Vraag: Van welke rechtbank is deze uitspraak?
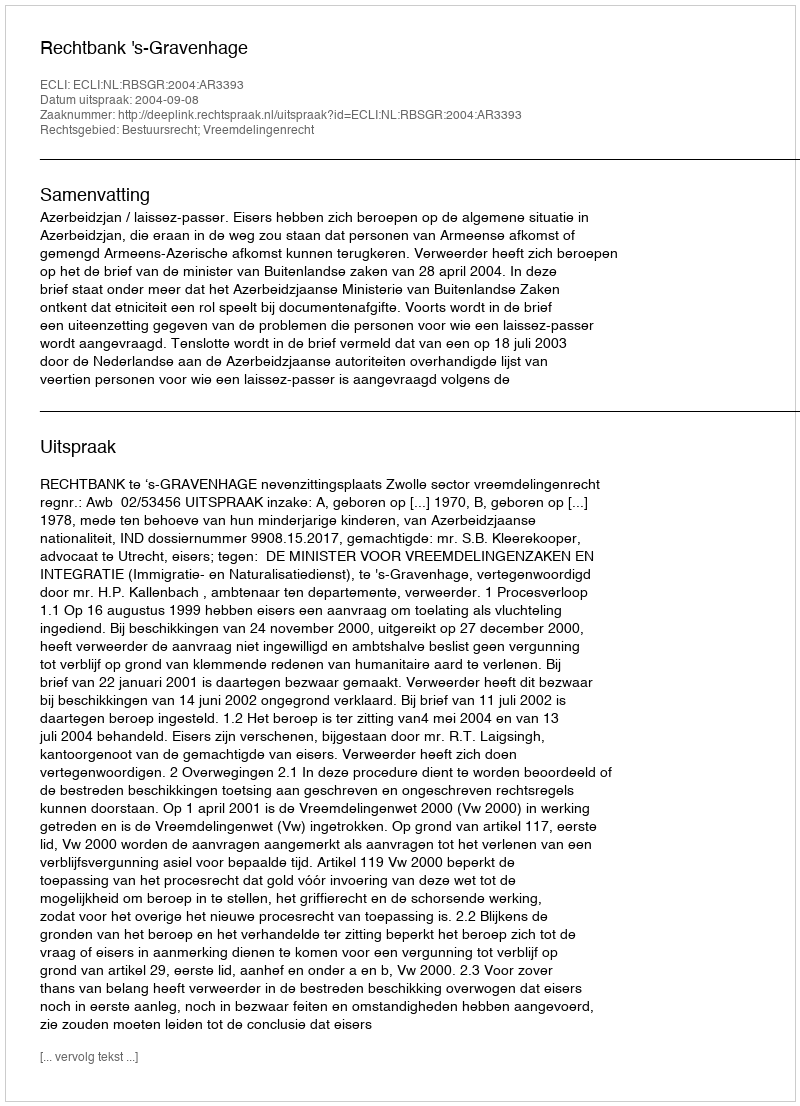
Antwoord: Rechtbank 's-Gravenhage